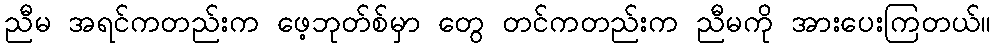
ညီမ အရင်ကတည်းက ဖေ့ဘုတ်စ်မှာ တွေ တင်ကတည်းက ညီမကို အားပေးကြတယ်။